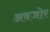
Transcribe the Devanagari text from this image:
अवजोर